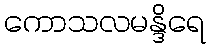
ကောသလမန္ဒိရေ